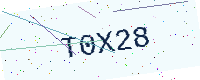
Text: T0X28